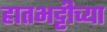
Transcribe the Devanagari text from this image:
हातभट्टीच्या